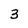
Character: 3